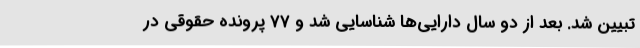
تبیین شد. بعد از دو سال دارایی‌ها شناسایی شد و 77 پرونده حقوقی در